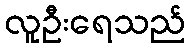
လူဦးရေသည်